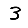
Digit: 3